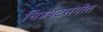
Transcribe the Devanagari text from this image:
चित्रपटसंगीत